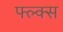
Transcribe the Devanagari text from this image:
फ्ल्क्स